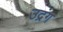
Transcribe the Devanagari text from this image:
उद्रंग